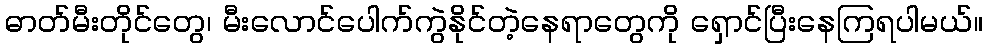
ဓာတ်မီးတိုင်တွေ၊ မီးလောင်ပေါက်ကွဲနိုင်တဲ့နေရာတွေကို ရှောင်ပြီးနေကြရပါမယ်။